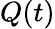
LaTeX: Q(t)